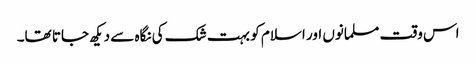
اس وقت مسلمانوں اور اسلام کو بہت شک کی نگاہ سے دیکھ جاتا تھا۔